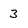
Character: 3